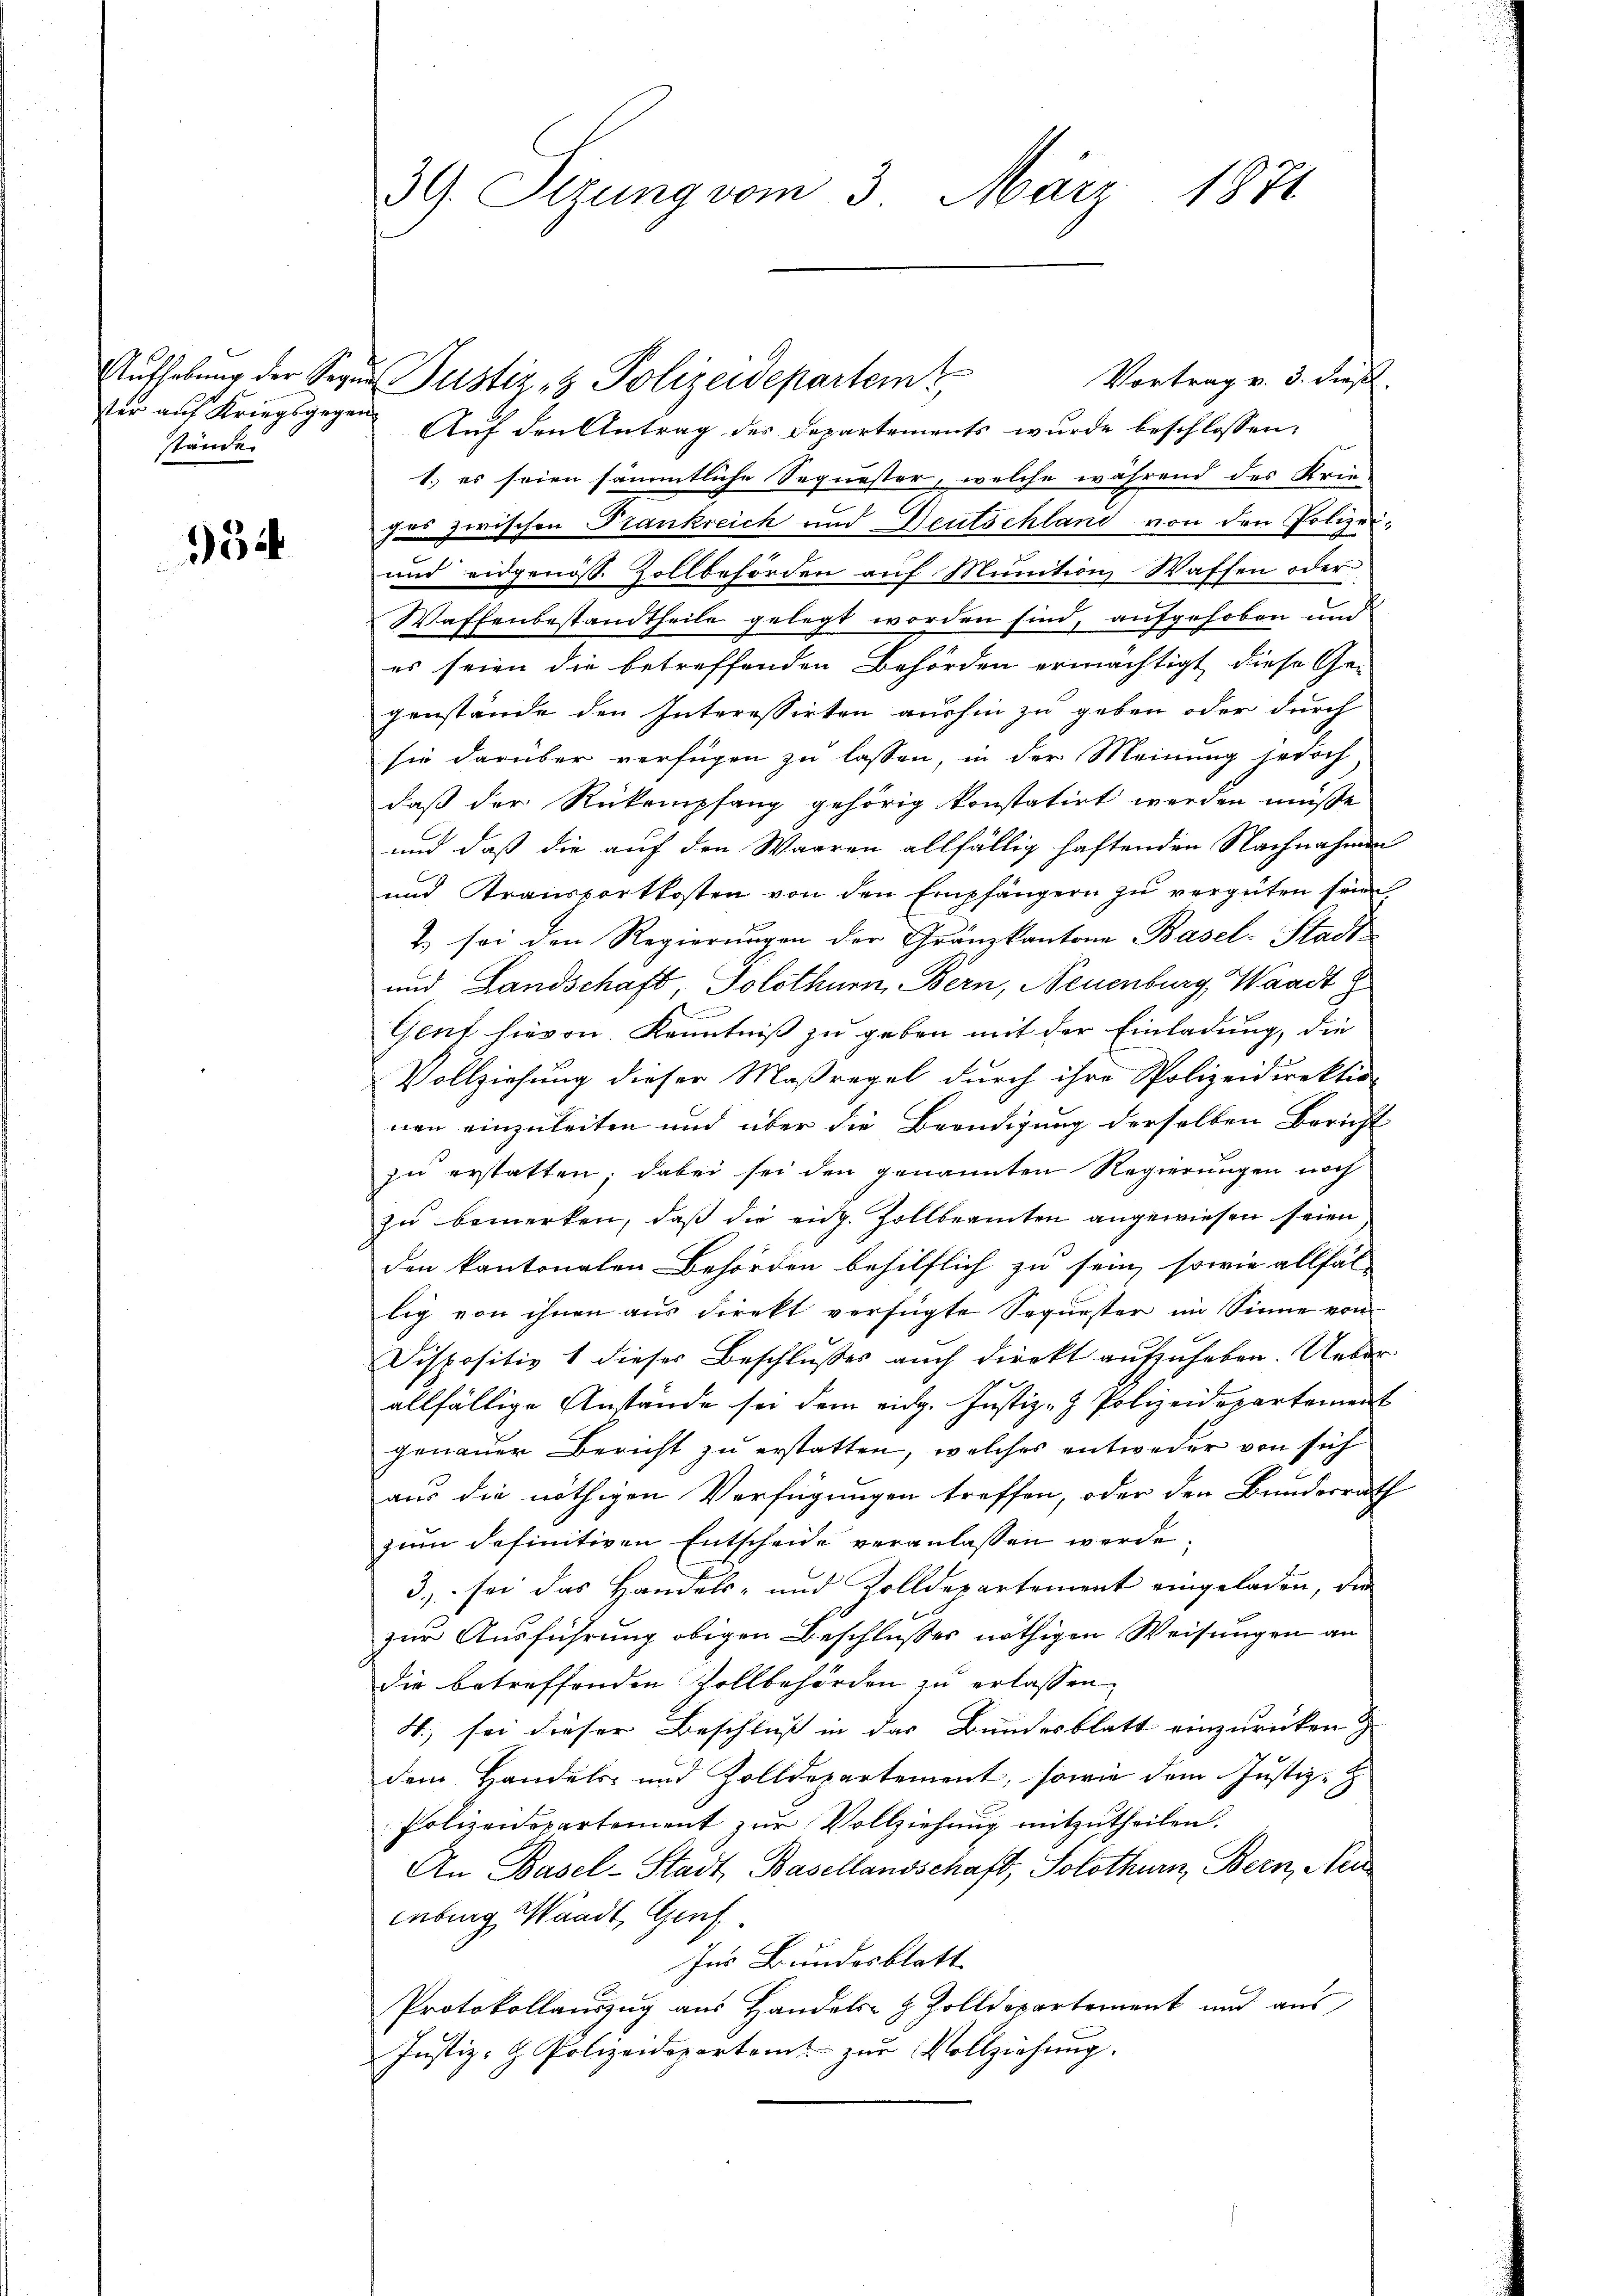
ster auf Kriegsgegen
stände.

934

39. Setzung vom 3. März 1871

Aufhebung der Segen Justiz- & Polizeidepartem
Vortrag v. 3. dieß.
Auf den Antrag des Departements wurde beschlossen:
1. es seien sämmtliche Sequester, welche während des Krie
das zwischen Trankreich und Deutschland von den Polizei¬
und eidgenöss. Zollbehörden auf Munition Waffen oder
Waffenbestandtheile gelegt worden sind, aufgehoben und
es seien die betreffenden Behörden ermächtigt, diese Ge-
genstände den Interessirten aushin zu geben oder durch
sie darüber verfügen zu lassen, in der Meinung jedoch
daß der Rückempfang gehörig konstatirt werden müße
und daß die auf den Waaren allfällig haftenden Nachnahmen
und Kransportkosten von den Empfängern zŭ vergüten sein
.) sei den Regierungen der Gränzkantone Basel-Stadt
und Landschaft, Solothurn, Bern, Neuenburg, Waadt
E
Genf hievon Kenntniß zu geben mit der Einladung, die
Vollziehung dieser Maßregel durch ihre Polizeidirektion
nen einzuleiten und über die Beendigung derselben Bericht
zu erstatten; dabei sei den genannten Regierungen noch
zu bemerken, daß die eidg. Zollbeamten angewiesen seien
den kantonalen Behörden behilflich zu sein, sowie allfäl
lig von ihnen aus direkt verfügte Sequester im Sinne von
Dispositiv 1 dieses Beschlŭsses auch direkt aŭfzŭheben. Ueberallfällige Anstände sei dem eidg. Justiz- & Polizeidepartement
genauer Bericht zu erstatten, welches entweder von sich
aus die nöthigen Verfügungen treffen, oder den Bundesrath
zŭm definitiven Entscheide veranlassen werde.
3. sei das Handels- und Zolldepartement eingeladen, die
zur Ausführung obigen Beschlußes nöthigen Weisungen an
die betreffenden Zollbehörden zu erlassen
4) sei dieser Beschluß in das Bundesblatt einzurücken
dem Handels- und Zolldepartement, sowie dem Justiz-
Polizeidepartement zur Vollziehung mitzutheilen.
An Basel-Stadt, Basellandschaft, Solothurn, Bern, Neu
eübing Waadt, Genf
Ins Bundesblatt
Protokollauszug aus Handels- & Zolldepartement und aus
Justiz- & Polizeidepartamt zur Vollziehung.